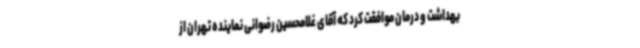
بهداشت و درمان موافقت کرد که آقای غلامحسین رضوانی نماینده تهران از